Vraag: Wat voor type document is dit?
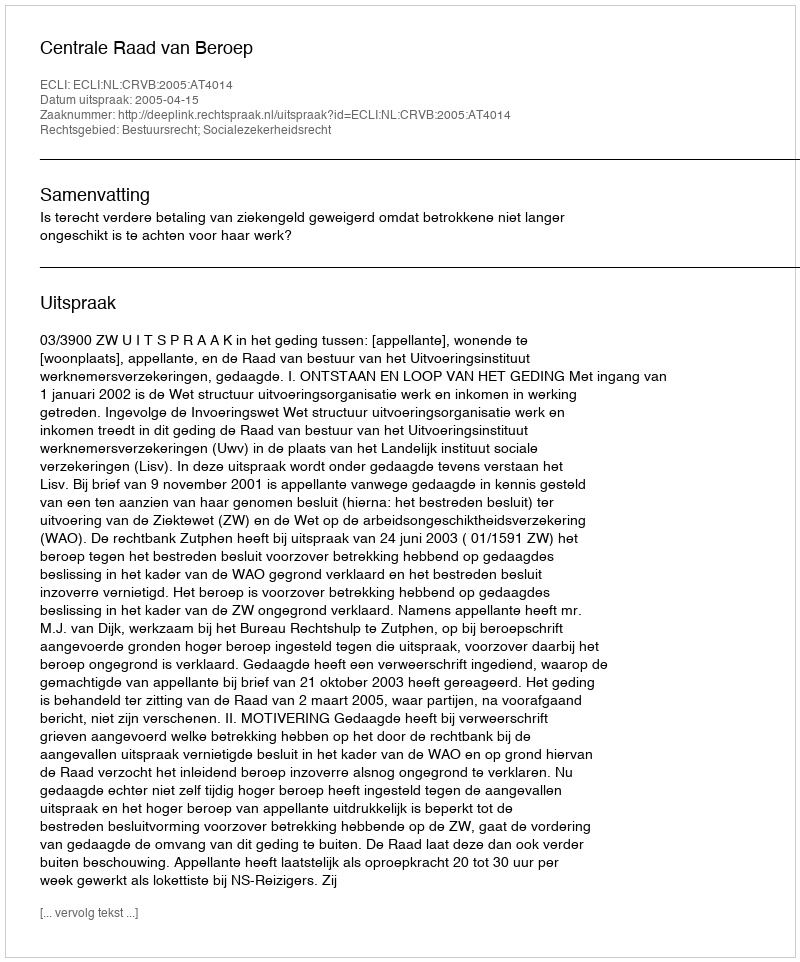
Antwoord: Uitspraak